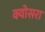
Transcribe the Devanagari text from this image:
क्योसरा